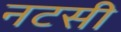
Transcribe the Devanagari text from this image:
नटसी